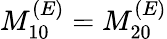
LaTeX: M_{10}^{(E)}=M_{20}^{(E)}